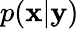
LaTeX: p(\mathbf{x}|\mathbf{y})